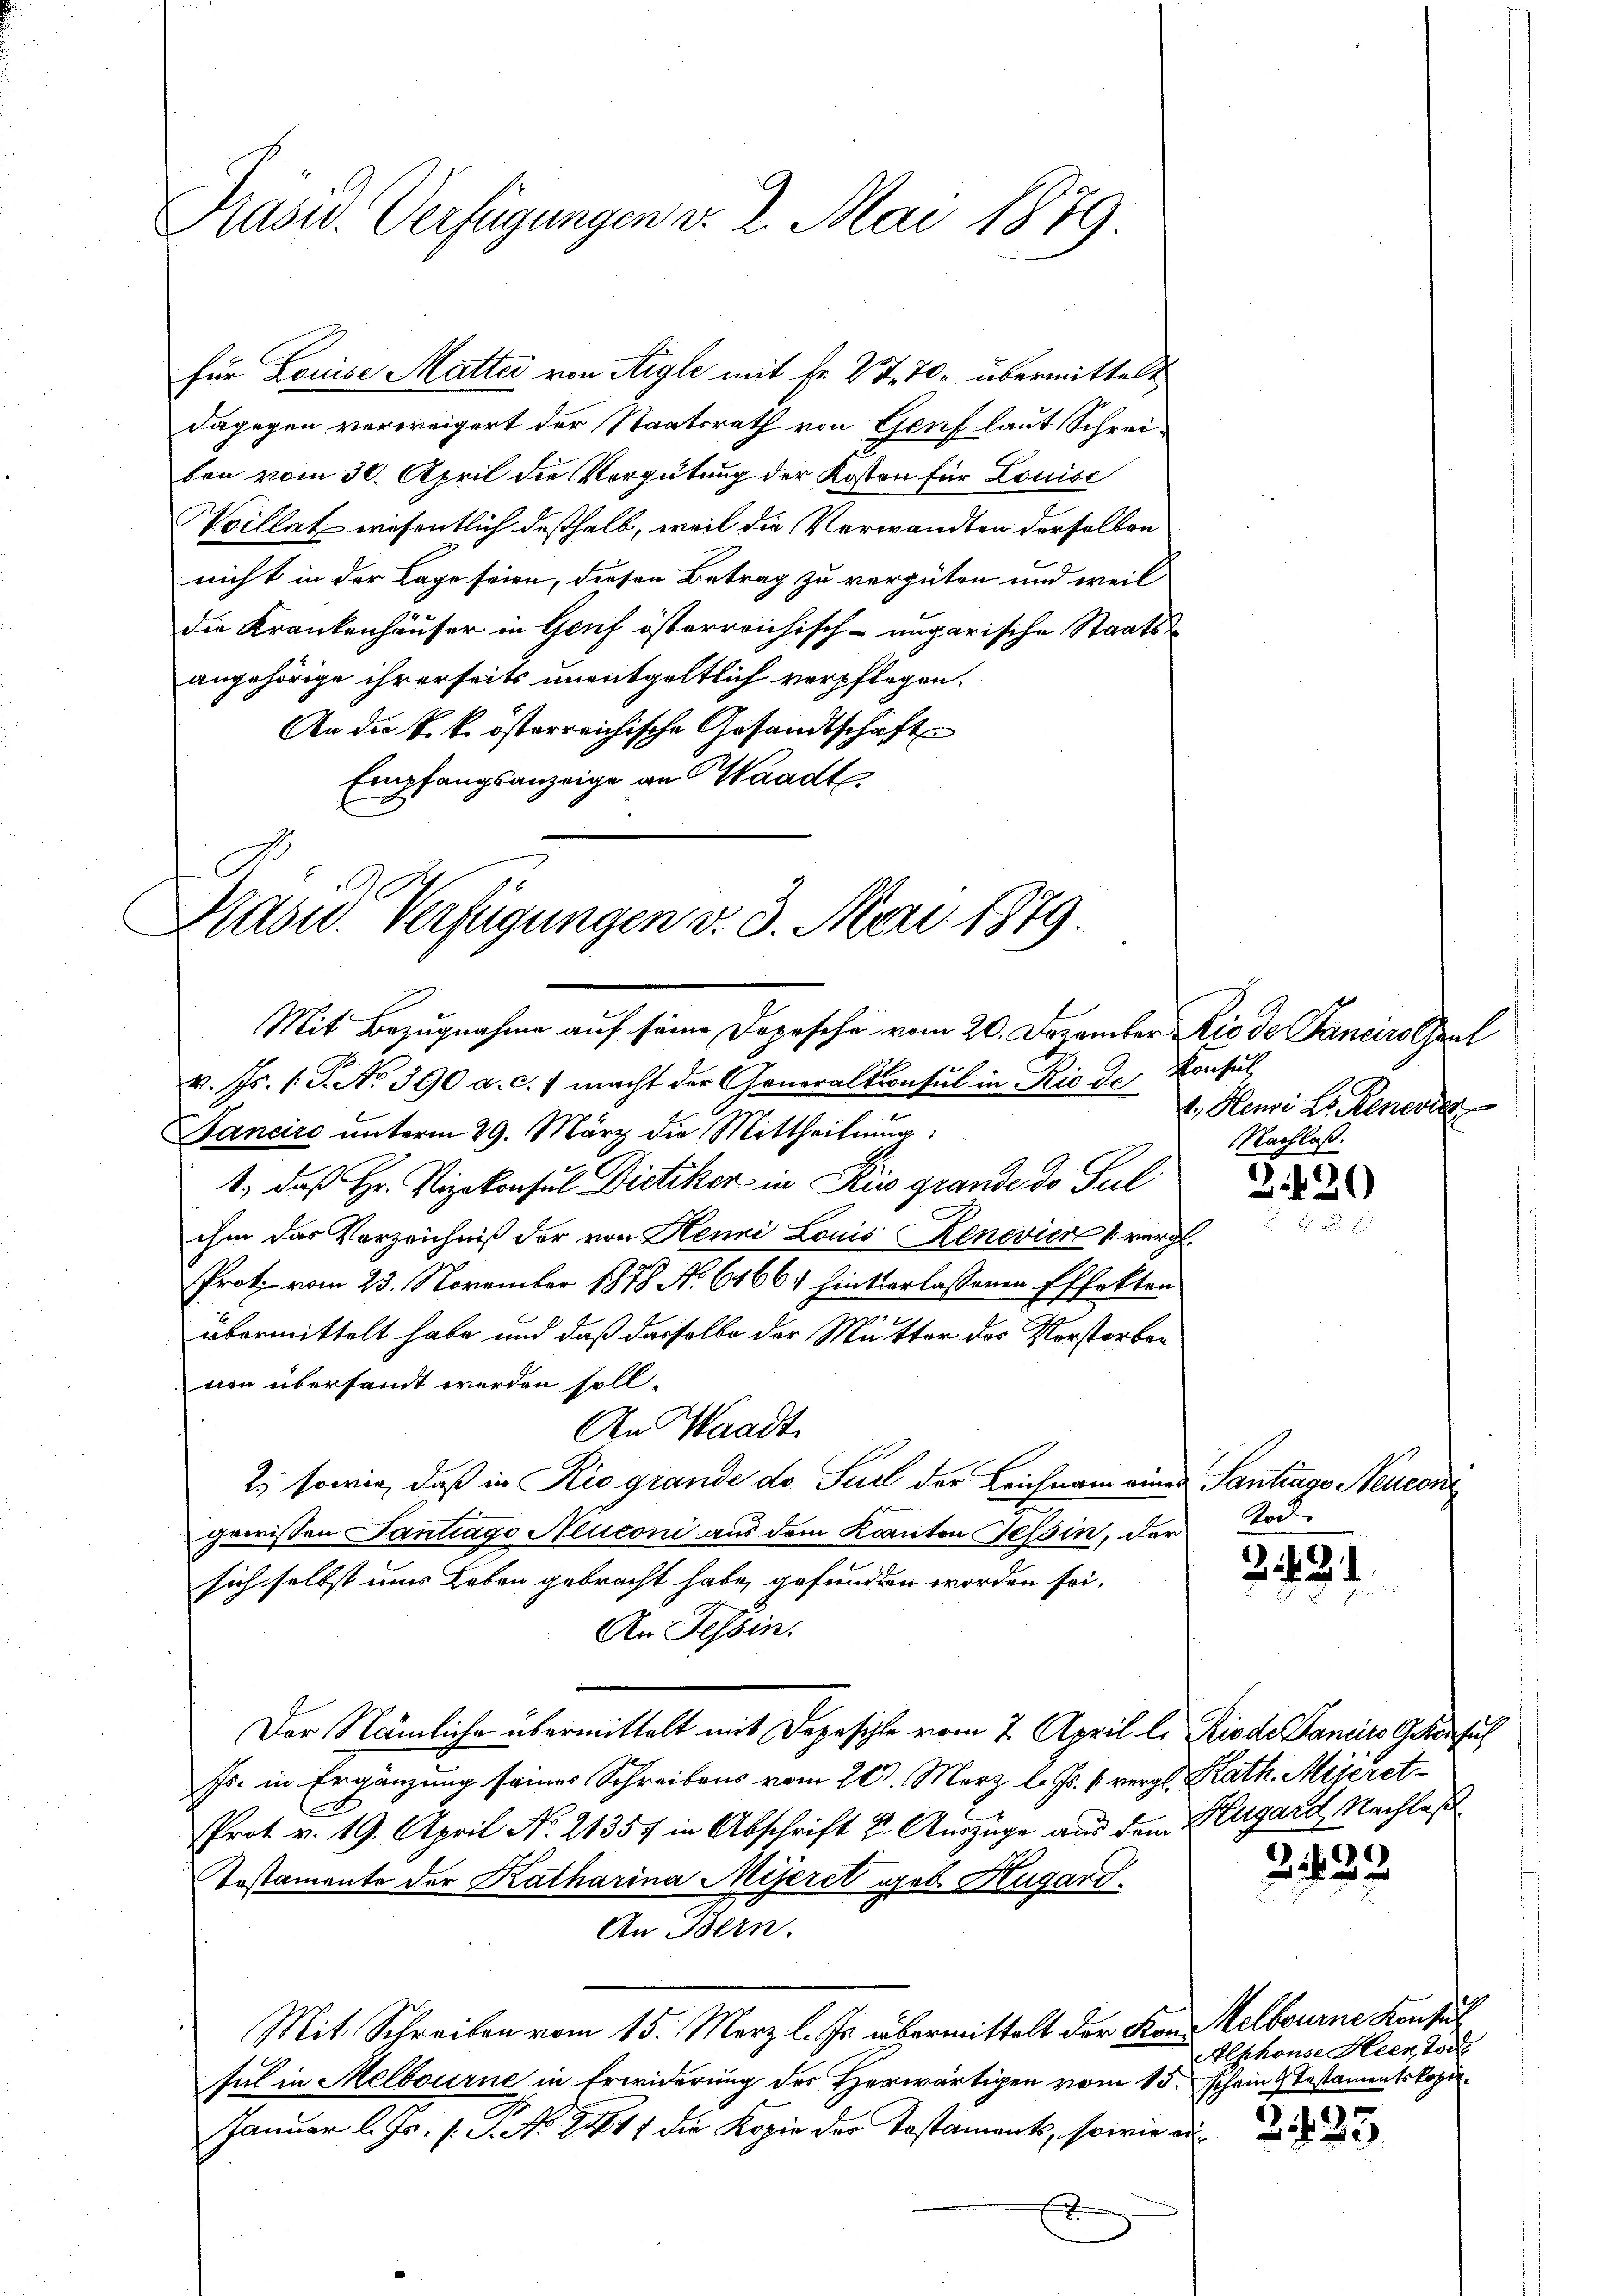
Präsid.. Verfügungen v. 2. Mai 1879.

Für Louise Matter von Aigle mit Fr. 27. 70 übermittelt
dagegen verweigert der Staatsrath von Genf laut Schreiben vom 30. April die Vergütung der Kosten für Louise
Voillat wiesentlich deßhalb, weil die Verwandten derselben
nicht in der Lage seien, diesen Betrag zu vergüten und weil
die Krankenhäuser in Genf österreichisch-ungarische Staatsangehörige ihrerseits unentgeltlich verpflegen.
An die k. k. österreichische Gesandtschäft
Empfangsanzeige an Waadt
v. Js. (T. No 390 a. c.) macht der Generalkonsul in Rio des Konsul
Bancire ŭnterm 29. März die Mittheilung:
1., daß Hr. Vizekonsul Dietiker in Riv grande do Sul
ihm das Vorzeichniß der von Henni Louis Kenevier vergl.
Prot. vom 23. November 1878 No. 61664 hinterlassenen Effekten
übermittelt habe und daß dasselbe der Mutter des Vorstorben
von übersandt werden soll.
An Waadt
2) sowie, daß in Rio grande do Puel der Leichnam eines Santiaso Neuern
gewissen Tantrago Neuconi aus dem Kanton Tessin, der
sich selbst uns Leben gebracht habe, gefunden worden sei.
An Tessin.
Der Nämliche übermittelt mit Depeschle vom 7. April l. Riede Daneiro Gekonsul
Js. in Ergänzung seines Schreibens vom 20. März l. Js. 1 vergl. Kath. Miteret¬
Prot. v. 19. April No. 21357 in Abschrift u. Auszüge aus dem Flugardt, Nachlaß
Tostamente der Katharina Miseret geb. Hugard.
An Bern.
Mit Schreiben vom 15. März l. Js. übermittelt der Kon Melbourne Konsul
sul in Melbourne in Erwiderung des Herwärtigen vom 15. schein Testamentskopi
Januar l. Js. s. S. No 1417 die Kopie der Testaments, sowie au
E

Präsid. Verfügungen v. 3. Mai 1879
Mit Bezugnahme auf seine Depesche vom 20. Dezember Ric de Janeiro baul

1. Henri L. Generier
Nachlaß.

3.420

Ard.

24. d.

e
243.

Alphonse Heer, Toch

2233.